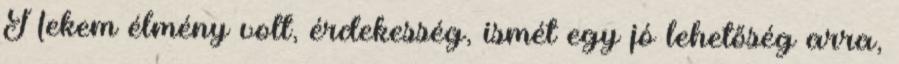
Nekem élmény volt, érdekesség, ismét egy jó lehetőség arra,